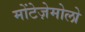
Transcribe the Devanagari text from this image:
मोंटेज़ेमोलो